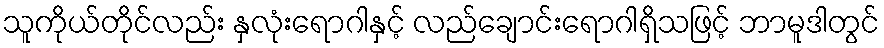
သူကိုယ်တိုင်လည်း နှလုံးရောဂါနှင့် လည်ချောင်းရောဂါရှိသဖြင့် ဘာမူဒါတွင်